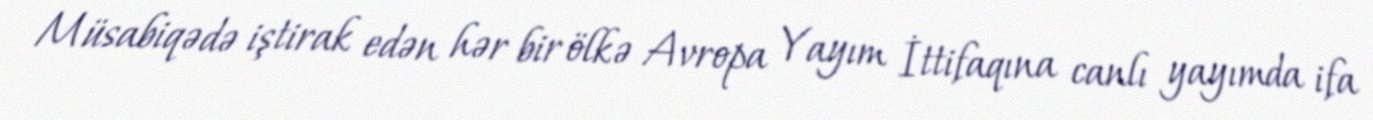
Müsabiqədə iştirak edən hər bir ölkə Avropa Yayım İttifaqına canlı yayımda ifa